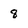
Character: 8